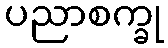
ပညာစက္ခု